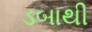
ડબાથી